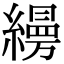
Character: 𦆅